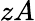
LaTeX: zA